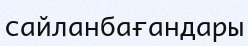
сайланбағандары